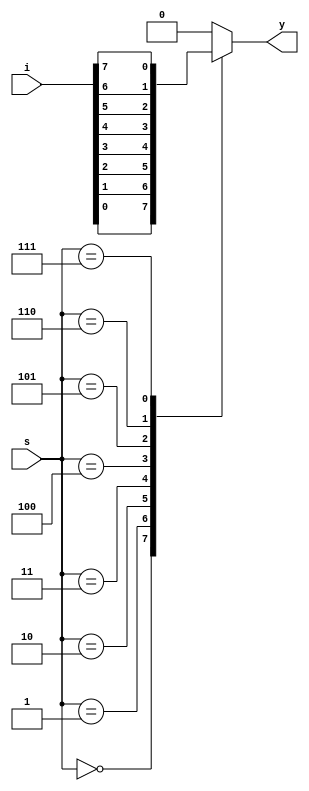
`timescale 1ns / 1ps
//////////////////////////////////////////////////////////////////////////////////
// Company: 
// Engineer: 
// 
// Design Name: 
// Module Name: mux81
// Project Name: 
// Target Devices: 
// Tool Versions: 
// Description: 
// 
// Dependencies: 
// 
// Revision:
// Revision 0.01 - File Created
// Additional Comments:
// 
//////////////////////////////////////////////////////////////////////////////////


module mux81(
    input [7:0] i,
    input [3:0] s,
    output reg y
    );
    always@(s)
    begin
    case(s)
    3'b000: y=i[0];
    3'b001: y=i[1];
    3'b010: y=i[2];
    3'b011: y=i[3];
    3'b100: y=i[4];
    3'b101: y=i[5];
    3'b110: y=i[6];
    3'b111: y=i[7];
    default: y=0;
    endcase
    end
endmodule